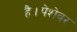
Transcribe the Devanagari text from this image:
है।पेशेवर